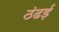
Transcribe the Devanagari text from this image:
ठंढई